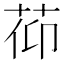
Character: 𦯒